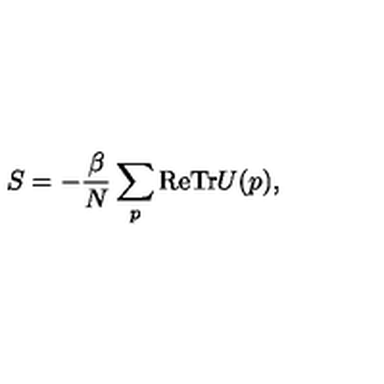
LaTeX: S = - \frac { \beta } { N } \sum _ { p } \mathrm { R e T r } U ( p ) ,